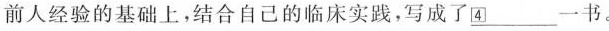
前人经验的基础上，结合自己的临床实践，写成了\underline{④}一书。